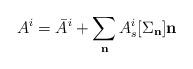
LaTeX: \begin{align*}A^i = \bar{A}^i + \sum_{\bf n} A_{s}^i[{\Sigma_{\bf n}}] {\bf n}\end{align*}